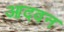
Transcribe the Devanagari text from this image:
आदवन